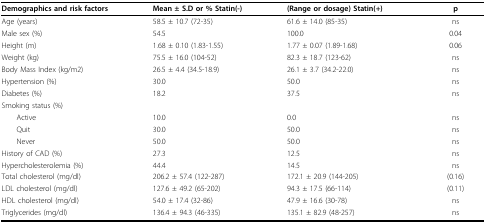
<table><thead><tr><td><b>Demographics and risk factors</b></td><td><b>Mean ± S.D or % Statin(-)</b></td><td><b>(Range or dosage) Statin(+)</b></td><td><b>p</b></td></tr></thead><tbody><tr><td>Age (years)</td><td>58.5 ± 10.7 (72-35)</td><td>61.6 ± 14.0 (85-35)</td><td>ns</td></tr><tr><td>Male sex (%)</td><td>54.5</td><td>100.0</td><td>0.04</td></tr><tr><td>Height (m)</td><td>1.68 ± 0.10 (1.83-1.55)</td><td>1.77 ± 0.07 (1.89-1.68)</td><td>0.06</td></tr><tr><td>Weight (kg)</td><td>75.5 ± 16.0 (104-52)</td><td>82.3 ± 18.7 (123-62)</td><td>ns</td></tr><tr><td>Body Mass Index (kg/m2)</td><td>26.5 ± 4.4 (34.5-18.9)</td><td>26.1 ± 3.7 (34.2-22.0)</td><td>ns</td></tr><tr><td>Hypertension (%)</td><td>30.0</td><td>50.0</td><td>ns</td></tr><tr><td>Diabetes (%)</td><td>18.2</td><td>37.5</td><td>ns</td></tr><tr><td>Smoking status (%)</td><td></td><td></td><td></td></tr><tr><td> Active</td><td>10.0</td><td>0.0</td><td>ns</td></tr><tr><td> Quit</td><td>30.0</td><td>50.0</td><td>ns</td></tr><tr><td> Never</td><td>50.0</td><td>50.0</td><td>ns</td></tr><tr><td>History of CAD (%)</td><td>27.3</td><td>12.5</td><td>ns</td></tr><tr><td>Hypercholesterolemia (%)</td><td>44.4</td><td>14.5</td><td>ns</td></tr><tr><td>Total cholesterol (mg/dl)</td><td>206.2 ± 57.4 (122-287)</td><td>172.1 ± 20.9 (144-205)</td><td>(0.16)</td></tr><tr><td>LDL cholesterol (mg/dl)</td><td>127.6 ± 49.2 (65-202)</td><td>94.3 ± 17.5 (66-114)</td><td>(0.11)</td></tr><tr><td>HDL cholesterol (mg/dl)</td><td>54.0 ± 17.4 (32-86)</td><td>47.9 ± 16.6 (30-78)</td><td>ns</td></tr><tr><td>Triglycerides (mg/dl)</td><td>136.4 ± 94.3 (46-335)</td><td>135.1 ± 82.9 (48-257)</td><td>ns</td></tr></tbody></table>